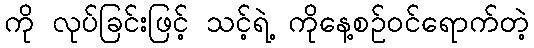
ကို လုပ်ခြင်းဖြင့် သင့်ရဲ့ ကိုနေ့စဥ်ဝင်ရောက်တဲ့